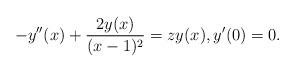
LaTeX: \begin{align*}-y''(x)+\dfrac{2y(x)}{(x-1)^2}=zy(x),y'(0)=0.\end{align*}